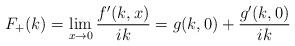
LaTeX: \begin{align*}F_+(k)=\lim_{x\to0}\frac{f^\prime(k,x)}{ik}=g(k,0)+\frac{g^\prime(k,0)}{ik}\end{align*}